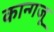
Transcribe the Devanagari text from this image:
कान्गजू